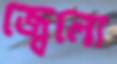
জ্বেলো